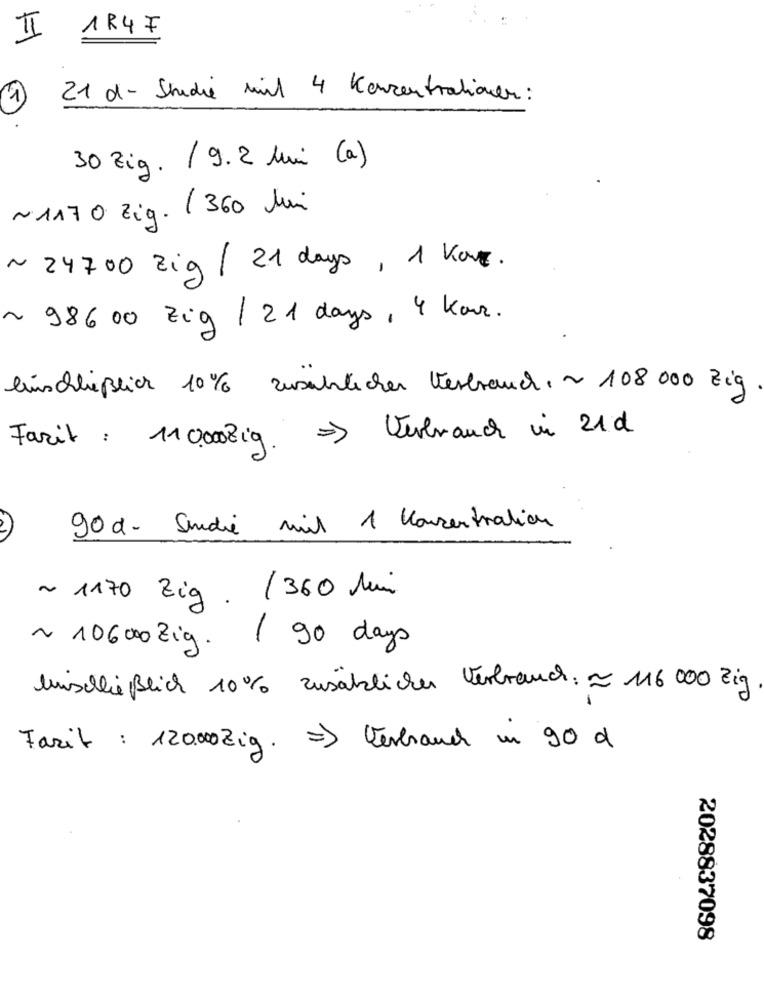
II 1R47
21 d- Studie mil 4 Konzentrationen:
30 Zig. / 9.2 lui (a)
~ 1170 Zig. ( 360 lui
~ 24700 Zig / 21 days , 1 Ko.
~ 98600 Zig / 21 days, 4 Kar.
einschließlich 10% zuschlichen Verbrauch, ~ 108000 Zig
Fazit : 110.00Zig. = > Verbrauch in 21d
90 d- Sedie mil 1 Konzentration
~ 1170 Zig . /360 lui
~ 10600Zig. ( 90 days
Mischließlich 10% zusätzlicher Verbrauch: ~ 116 000 zig
Fazit : 120.00Zig. = > Verbrauch in 90 g
2028837098